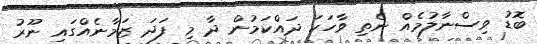
ބޮޑު ވިސްނާލުމެއް ނެތި ވާހަކަ ދައްކަމުން ދާ މި ފަދަ ޒަމާނެއްގައި ނޫރު